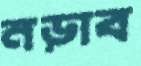
নড়াব